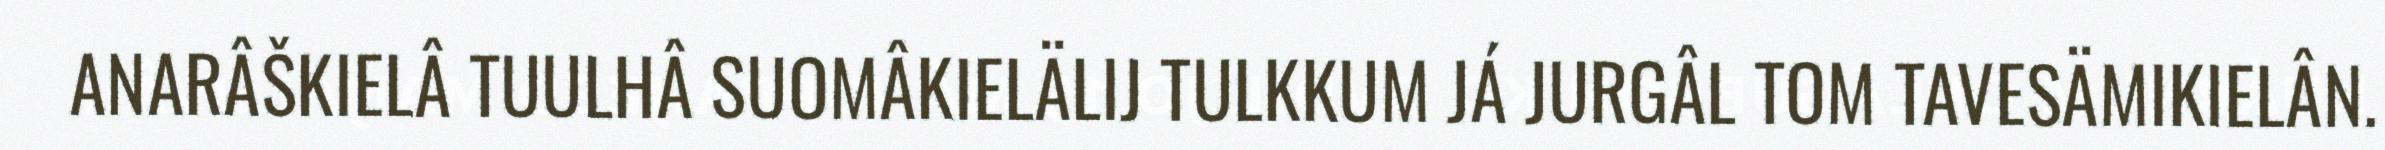
ANARÂŠKIELÂ TUULHÂ SUOMÂKIELÄLIJ TULKKUM JÁ JURGÂL TOM TAVESÄMIKIELÂN.